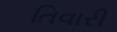
તિવારી